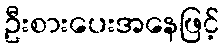
ဦးစားပေးအနေဖြင့်